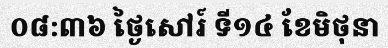
០៨:៣៦ ថ្ងៃសៅរ៍ ទី១៤ ខែមិថុនា